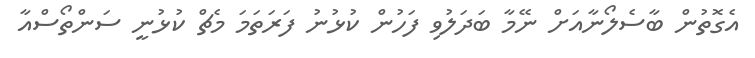
އެގޮތުން ބާސެލޯނާއަށް ނޭމާ ބަދަލުވި ފަހުން ކުޅުނު ފަރަތަމަ މެޗް ކުޅުނީ ސަންތޯސްއާ